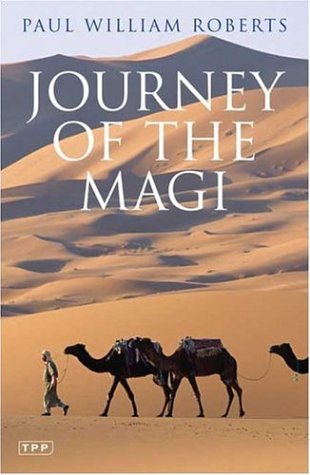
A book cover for Journey of the Magi: Travels in Search of the Birth of Jesus; New Edition; Paul William Roberts; Travel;